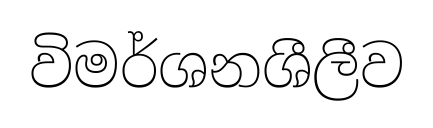
විමර්ශනශීලීව